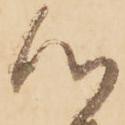
心